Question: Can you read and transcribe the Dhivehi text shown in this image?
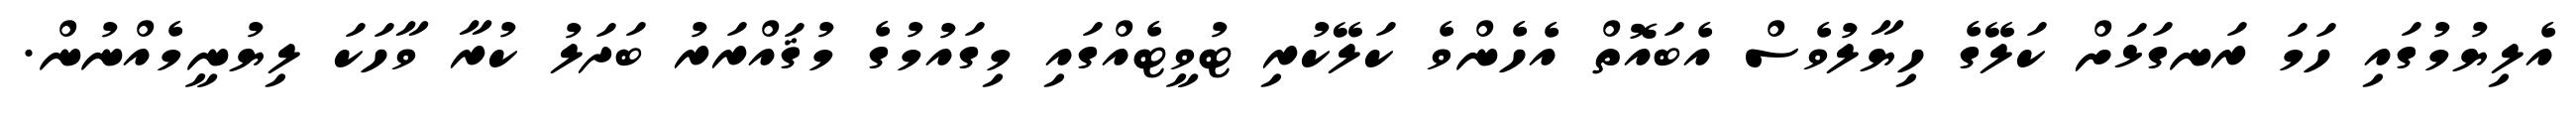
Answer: އެލިޔުމުގައި ހަމަ ރަނގަޅަށް ކަލޭގެ ހިޔާލުވެސް އެބައޮތް އެހެންވެ ކަލޭކުރި ޓުވީޓެއްގައި މިގައުމުގެ މުޤައްރަރު ބަދަލު ކުރާ ވާހަކަ ލިޔުނީމެއްނުން.